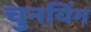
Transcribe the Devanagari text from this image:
चुनयिंग